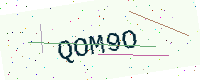
Text: QOM9O